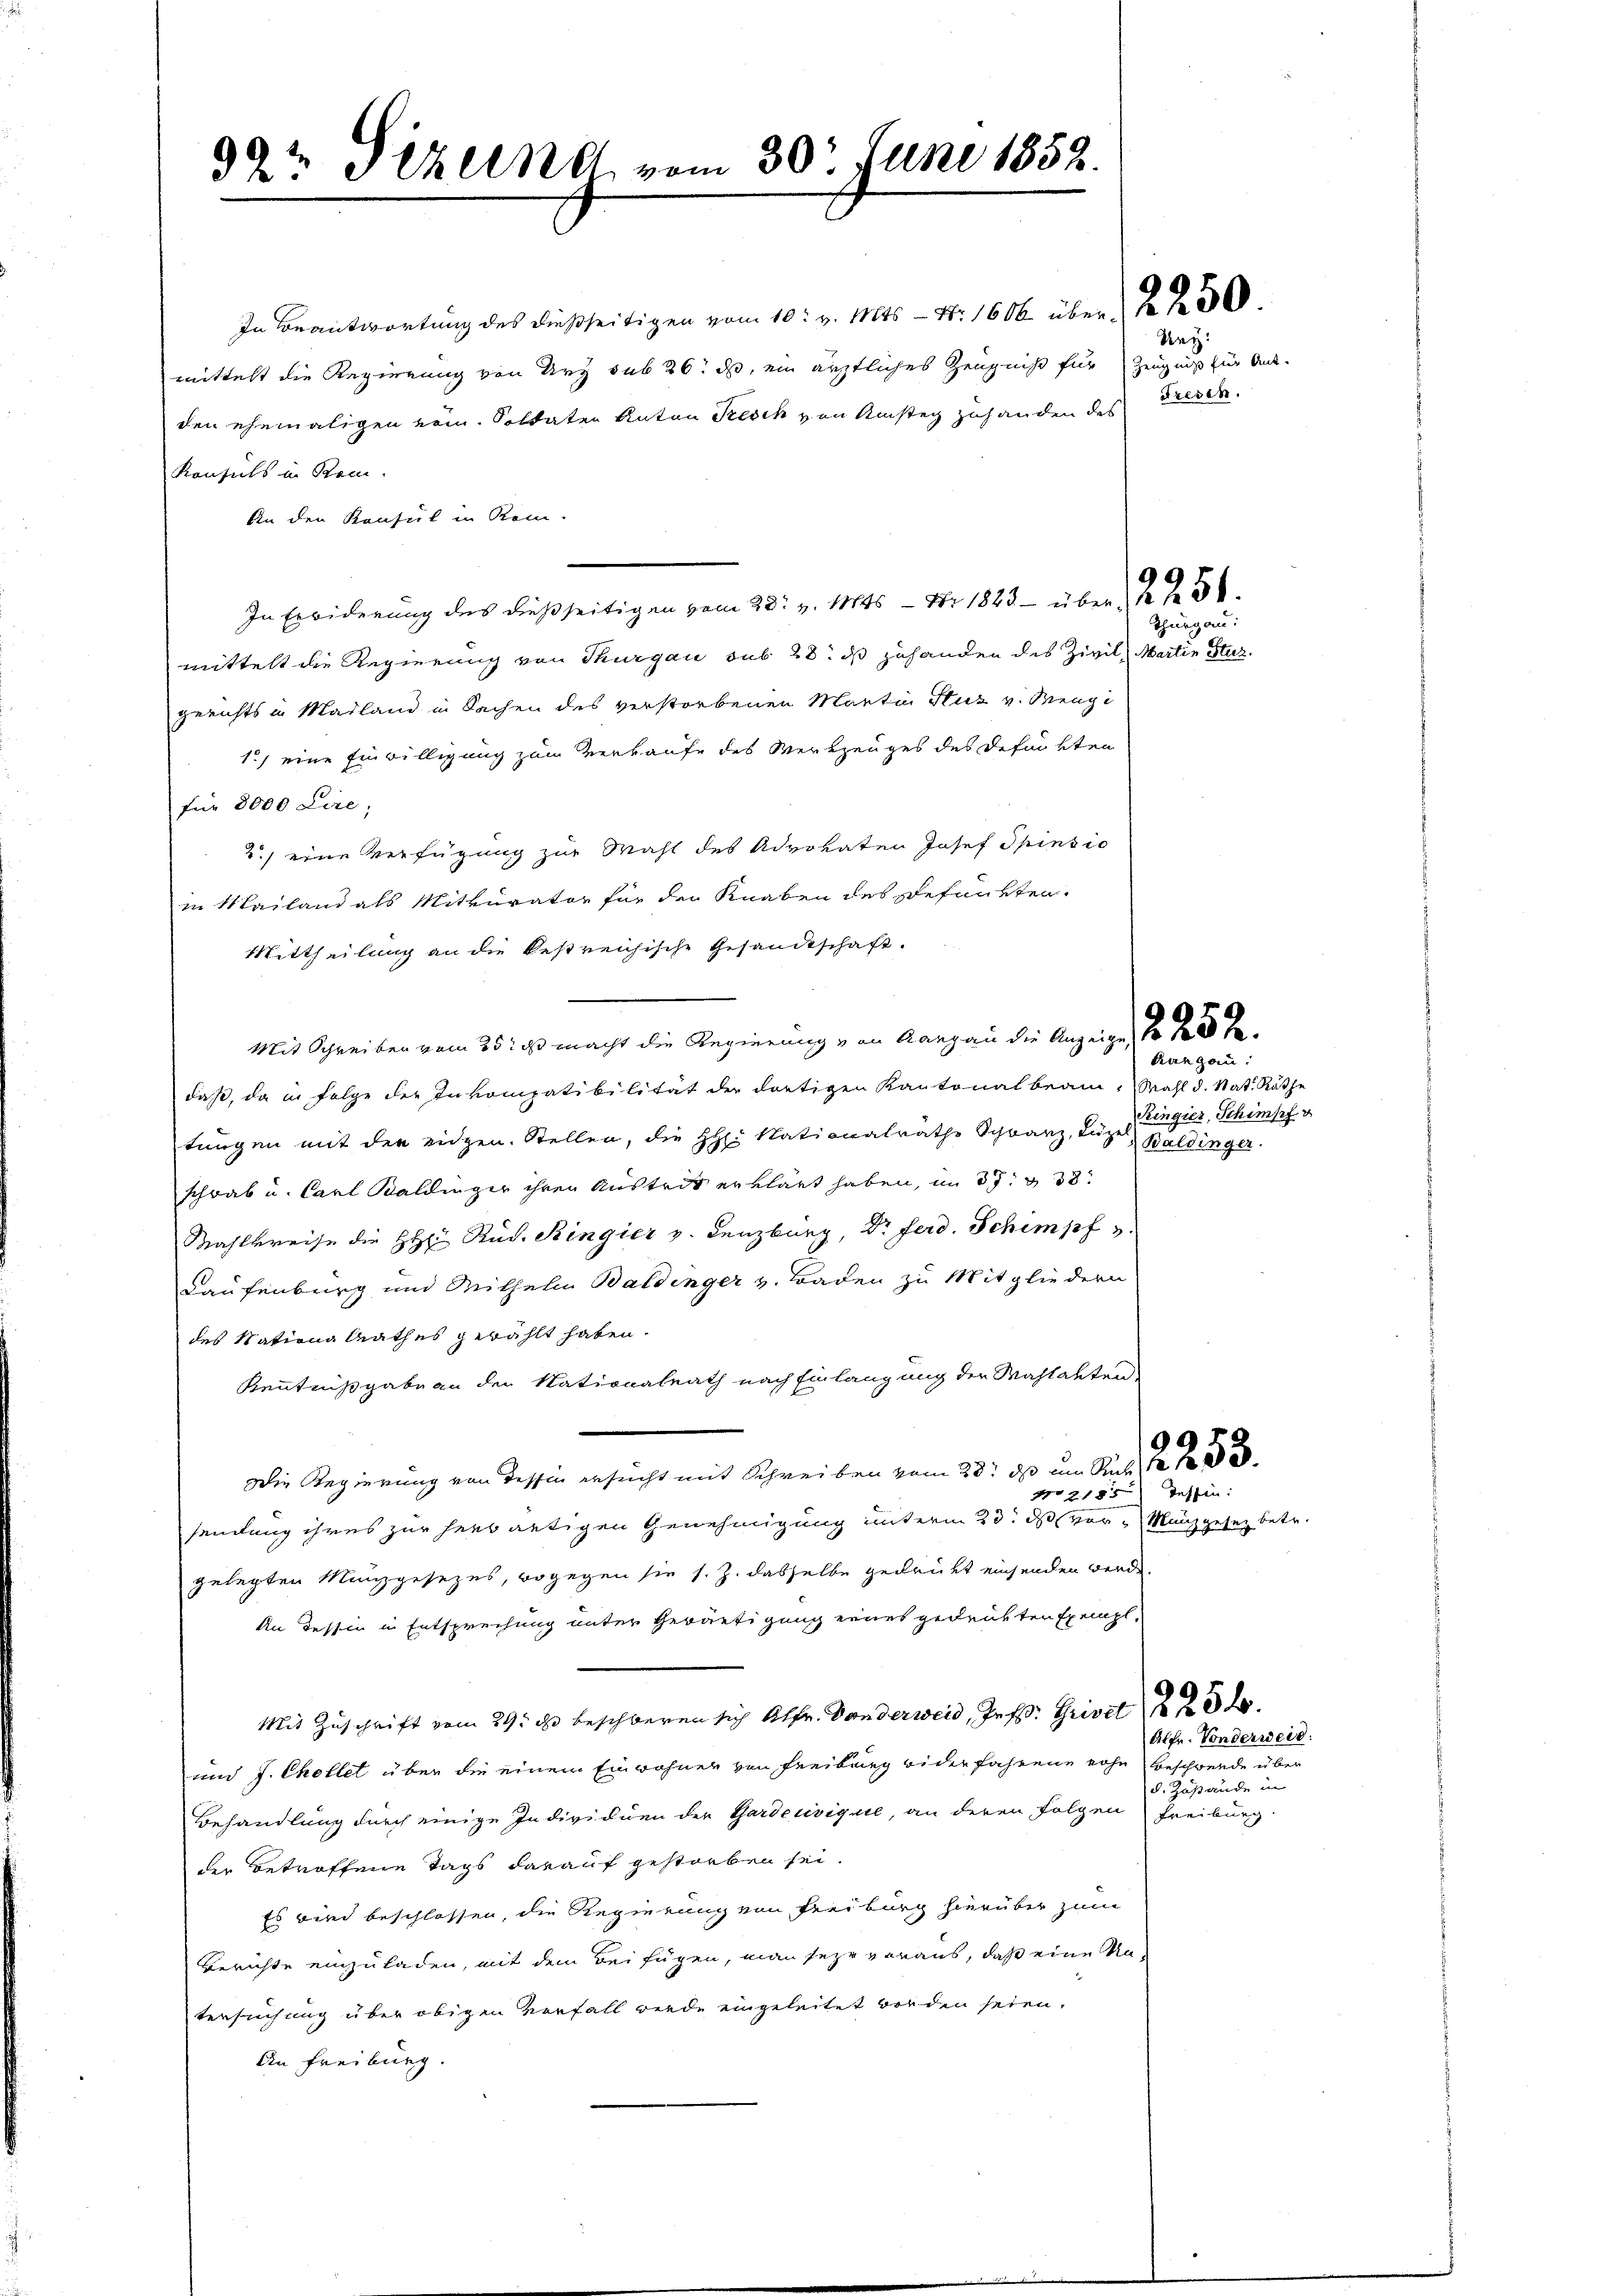
99½ Pezelne vom 30t Juni 1852.

mittelt die Regierung von Ury sub 26. ds, ein ärztliches Zeugniß für Zeugniß für Ant.
den ehemaligen vom. Soldaten Anton Tesch von Amstag zuhanden des
Konsuls in Stein.
An den Konsul in Rein.
In Erwiderung des dießseitigen vom 28. v. Mts. — Nr 1823 - über 1 f 2 50
mittelt die Regierung von Thurgau sub 28. ds zuhanden des Zivil, Martin Stuzgerichts in Mailand in Sachen des verstorbenen Martin Stuz v. Mengi
1) eine Einwilligung zum Verkaufe des Werkzeuges des defin 2ten
für 8000 Lire;
2.) eine Verfügung zur Wahl des Advokaten Josef Spinsic
in Mailand als Mitvurator für den Knaben des gefunkten.
Mittheilung an die bestreichische Gesandtschaft.
Mit Schreiben vom 25. ds. macht die Regierung von Aargau die Anzeige, so
daß, da in Folge der Inkompatibilität der dortigen Kantonalbeam-Wahl d. Nat. Räthe
tungen mit den eidgen. Stellen, die HH. Nationalrathe Schwarz, Luze, Bäldinger.
schrab u. Carl Baldinger ihren Austrit erklärt haben, in 37. 338:
Mahlkreise die HHi Rud. Ringier v. Lenzburg, Dr Ferd. Schimpf
Laufenburg und Seithelm Baldinger v. Baden zu Mitgliedern
des Nation Rathes gewählt haben.
Kenntnißgabe an der Nationalrath nach Einlangung der Wahlakten.
9
Die Regierung von dessin ersucht mit Schreiben vom 23. ds um Recht
Nro 185
sendung ihres zur herbantigen Genehmigung unterm 23. ds vor Manzgesez betr.
gelegten Münzgesezes, wogegen sie s. Z. dasselbe gedrückt einsenden werde.
An dessen in Entsprechung unter Gewärtigung eines gedrükter Exempl¬
Mit Zuschrift vom 29. ds. beschweren sich Alfr. Sonderweid, Jes. Grivil 0 x
und J. Chollet über die einem Einwohner von Freibring widerfahrene rohe Beschwerde über
Behandlung durch einige Individuen der Gardeuvique, an deren Folgen Freiburg.
der Betroffene Tags darauf gestorben sei.
Es wird beschlossen, die Regierung von Freiburg hierüber zum
Berichte einzuladen, mit dem Beifügen, man sehr voraus, daß eine Untersuchung über obigen Verfall werde eingeleitet worden seien.
An Freiburg.

In Beantwortung des dießseitigen vom 10. v. Mts. — N. 1600 über 2250

Uri:
Fresen.

Thurgau:

Kangau:
Kingier, Schimpf v

Tessin:

Alfr. Vonderweid.
 einen